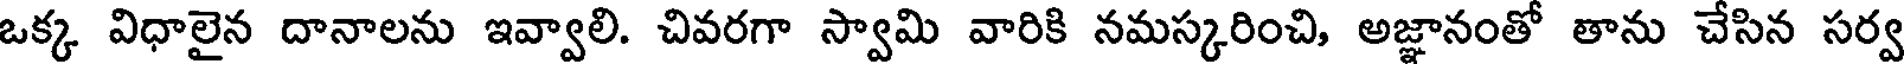
ఒక్క విధాలైన దానాలను ఇవ్వాలి. చివరగా స్వామి వారికి నమస్కరించి, అజ్ఞానంతో తాను చేసిన సర్వ